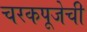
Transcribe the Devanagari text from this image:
चरकपूजेची